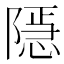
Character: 𨼆